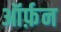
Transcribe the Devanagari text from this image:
ऑर्फ़न